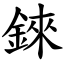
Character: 錸